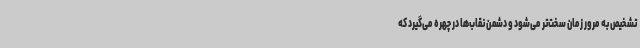
تشخیص به‌ مرور زمان سخت‌تر می‌شود و دشمن نقاب‌ها در چهره می‌گیرد که